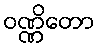
ဝဏ္ဏိတော